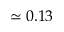
\simeq 0 . 1 3